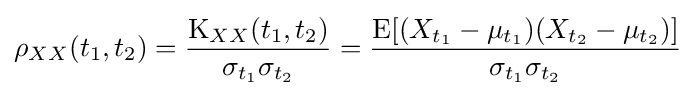
\rho _{XX}(t_{1},t_{2})={\frac {\operatorname {K} _{XX}(t_{1},t_{2})}{\sigma _{t_{1}}\sigma _{t_{2}}}}={\frac {\operatorname {E} [(X_{t_{1}}-\mu _{t_{1}})(X_{t_{2}}-\mu _{t_{2}})]}{\sigma _{t_{1}}\sigma _{t_{2}}}}